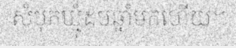
សំបុកឃ្មុំដប់ឆ្នាំមកហើយ។